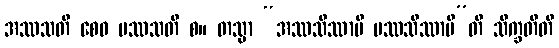
အဿသတိ စေဝ ပဿသတိ စ။ တသ္မာ “အဿသိဿာမိ ပဿသိဿာမီ”တိ သိက္ခတီတိ